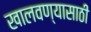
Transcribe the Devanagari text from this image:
खालवण्यासाठी